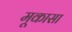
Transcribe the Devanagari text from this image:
मूकासा